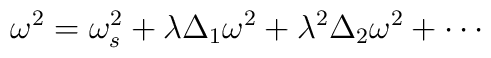
\omega^2=\omega_s^2+\lambda \Delta_1 \omega^2 +\lambda^2\Delta_2\omega^2+\cdots